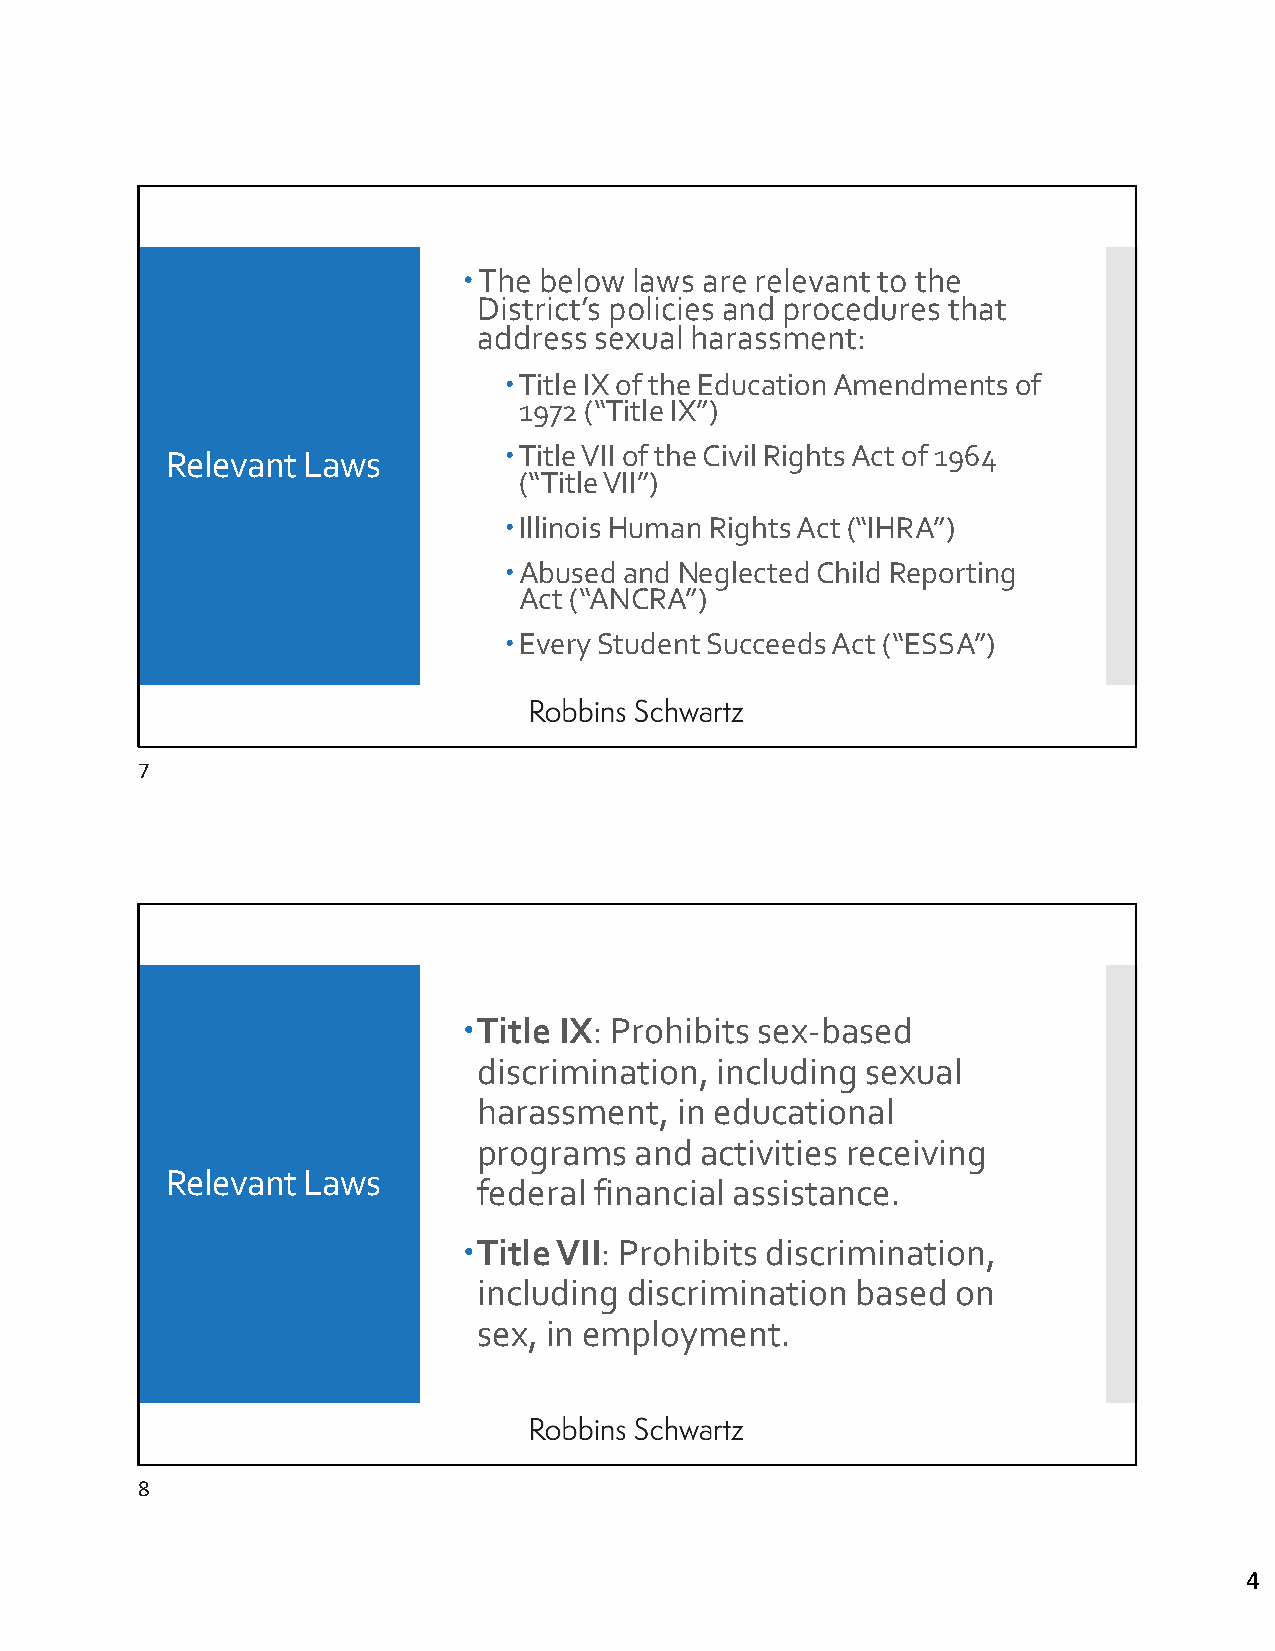
The below laws are relevant to the
 District’s policies and procedures that
 address sexual harassment:
 Title IX of the Education Amendments of
 1972 (“Title IX”)
 Relevant Laws         Title VII of the Civil Rights Act of 1964
 (“Title VII”)
 Illinois Human Rights Act (“IHRA”)
 Abused and Neglected Child Reporting
 Act (“ANCRA”)
 Every Student Succeeds Act (“ESSA”)
 7
 Title IX: Prohibits sex‐based
 discrimination, including sexual
 harassment,  in educational
 programs  and activities receiving
 Relevant Laws
 federal financial assistance.
 Title VII: Prohibits discrimination,
 including discrimination based on
 sex, in employment.
 8
 4